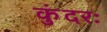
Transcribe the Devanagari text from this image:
कुंदरः